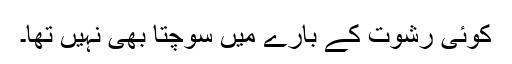
کوئی رشوت کے بارے میں سوچتا بھی نہیں تھا۔